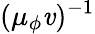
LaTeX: (\mu_{\phi}\mathit{v})^{-1}